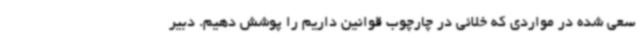
سعی شده در مواردی که خلائی در چارچوب قوانین داریم را پوشش دهیم. دبیر